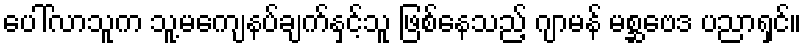
ပေါ်လာသူက သူ့မကျေနပ်ချက်နှင့်သူ ဖြစ်နေသည့် ဂျာမန် မစ္ဆဗေဒ ပညာရှင်။